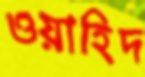
ওয়াহিদ